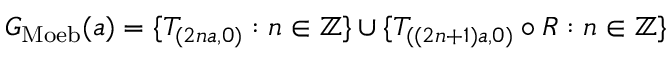
G _ { \mathrm { M o e b } } ( a ) = \{ T _ { ( 2 n a , 0 ) } : n \in \mathbb { Z } \} \cup \{ T _ { ( ( 2 n + 1 ) a , 0 ) } \circ R : n \in \mathbb { Z } \}